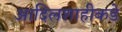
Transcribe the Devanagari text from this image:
आदिलशाहीकडे